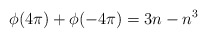
\begin{align*}\phi(4\pi)+\phi(-4\pi) = 3 n - n^3\end{align*}